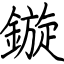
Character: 鏇